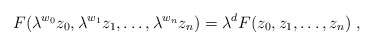
\begin{align*}F(\lambda^{w_0} z_0, \lambda^{w_1} z_1 , \ldots , \lambda^{w_n} z_n) =\lambda^d F(z_0, z_1, \ldots, z_n) \ ,\end{align*}